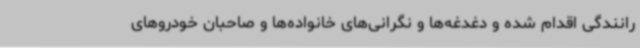
رانندگی اقدام شده و دغدغه‌ها و نگرانی‌های خانواده‌ها و صاحبان خودروهای